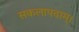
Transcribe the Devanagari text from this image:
सकलापदाम्‌।